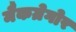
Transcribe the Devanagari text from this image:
मैकग्रेगोर